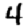
Digit: 4